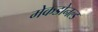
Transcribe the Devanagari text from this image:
मेकडोनल्ड